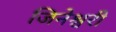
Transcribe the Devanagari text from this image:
जिनेश्वरी